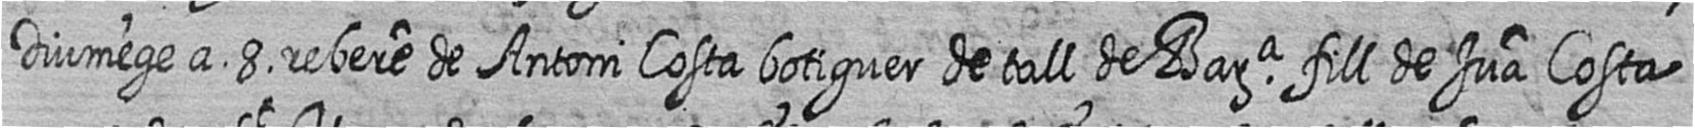
Diumege a 8 rebere de Antoni Costa botiguer de tall de Bara fill de Jua Costa